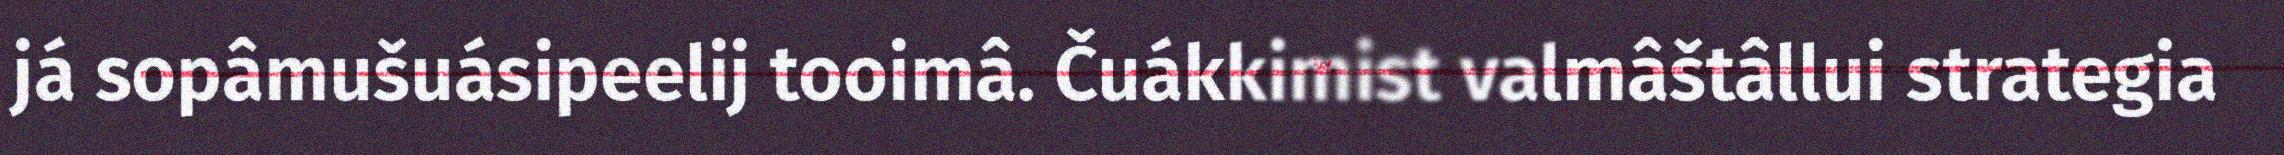
já sopâmušuásipeelij tooimâ. Čuákkimist valmâštâllui strategia